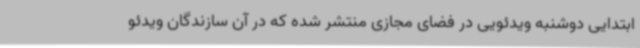
ابتدایی دوشنبه ویدئویی در فضای مجازی منتشر شده که در آن سازندگان ویدئو